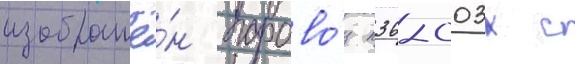
изображё́н парово́з п36-003х с